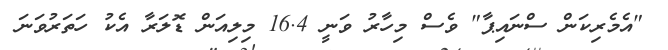
"އެމެރިކަން ސްނައިޕާ" ވެސް މިހާރު ވަނީ 16.4 މިލިއަން ޑޮލަރާ އެކު ހަތަރުވަނަ